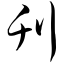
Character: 刊